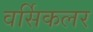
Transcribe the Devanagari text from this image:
वर्सिकलर